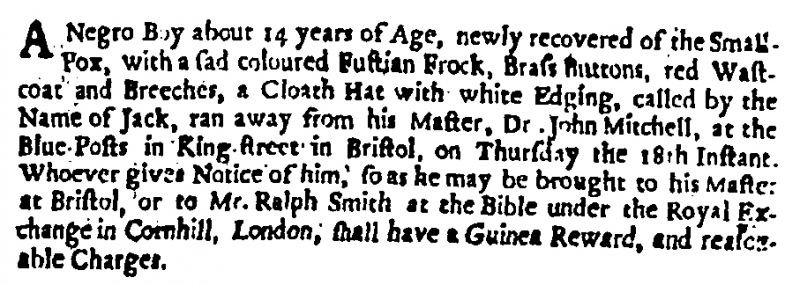
London Gazette, 25 May 1704 (England)
A Negro Boy about 14 years of Age, newly recovered of the Small-Pox, with a sad coloured Fustian Frock, Brass Buttons, red Wastcoat and Breeches, a Cloath Hat with white Edging, called by the Name of Jack, ran away from his Master, Dr. John Mitchell, at the Blue-Posts in King-street in Bristol, on Thursday the 18th Instant. Whoever gives Notice of him, so as he may be brought to his Master at Bristol, or to Mr. Ralph Smith at the Bible under the Royal Exchange in Cornhill, London, shall have a Guinea Reward, and reasonable Charges.